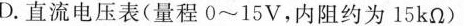
D.直流电压表(量程0~15V，内阻约为15kΩ)